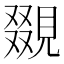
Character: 𧡏